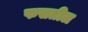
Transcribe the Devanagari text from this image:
फसतील